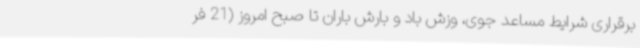
برقراری شرایط مساعد جوی، وزش باد و بارش باران تا صبح امروز (21 فر